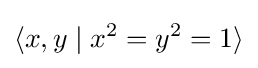
\langle x,y\mid x^{2}=y^{2}=1\rangle